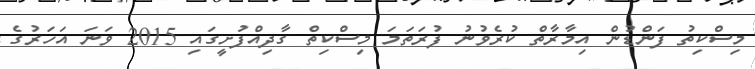
މިސްކިތު ފަންޑުން އިމާރާތް ކުރެވުނު ފުރަތަމަ މިސްކިތް ގާދިއްފުށީގައި 2015 ވަނަ އަހަރުގެ